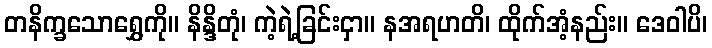
တနိက္ခသောရွှေကို။ နိန္ဒိတုံ၊ ကဲ့ရဲ့ခြင်းငှာ။ နအရဟတိ၊ ထိုက်အံ့နည်း။ ဒေဝါပိ၊